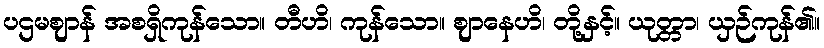
ပဌမဈာန် အစရှိကုန်သော။ တီဟိ၊ ကုန်သော။ ဈာနေဟိ၊ တို့နှင့်။ ယုတ္တာ၊ ယှဉ်ကုန်၏။